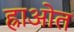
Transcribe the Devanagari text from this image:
ह्राओत